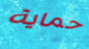
حماية